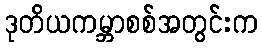
ဒုတိယကမ္ဘာစစ်အတွင်းက